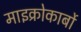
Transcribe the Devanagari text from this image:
माइक्रोकार्बो